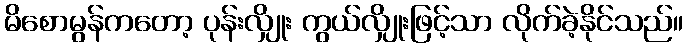
မိစောမွန်ကတော့ ပုန်းလျှိုး ကွယ်လျှိုးဖြင့်သာ လိုက်ခဲ့နိုင်သည်။